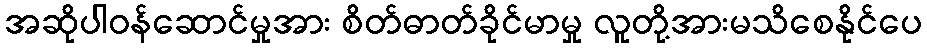
အဆိုပါဝန်ဆောင်မှုအား စိတ်ဓာတ်ခိုင်မာမှု လူတို့အားမသိစေနိုင်ပေ